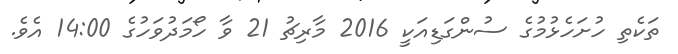
ތަކެތި ހުށަހެޅުމުގެ ސުންގަޑިއަކީ 2016 މާރިޗު 21 ވާ ހޯމަދުވަހުގެ 14:00 އެވެ.